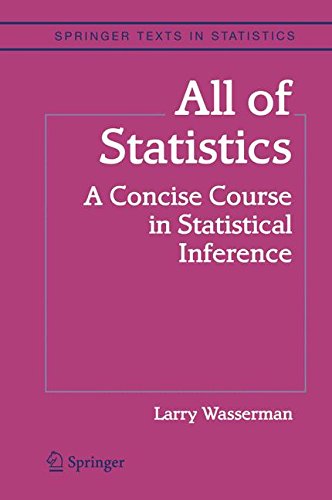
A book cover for All of Statistics: A Concise Course in Statistical Inference (Springer Texts in Statistics); Larry Wasserman; Computers & Technology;